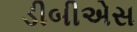
ડીબીએસ